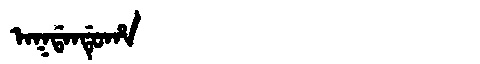
Manchu: ᠠᡴᡩᠠᠨᡩᡠᡥᠠ
Romanization: AKDANDUHA